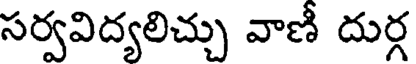
సర్వవిద్యలిచ్చు వాణీ దుర్గ